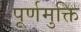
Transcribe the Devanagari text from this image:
पूर्णमुक्ति